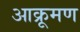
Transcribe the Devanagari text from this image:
आक्रूमण